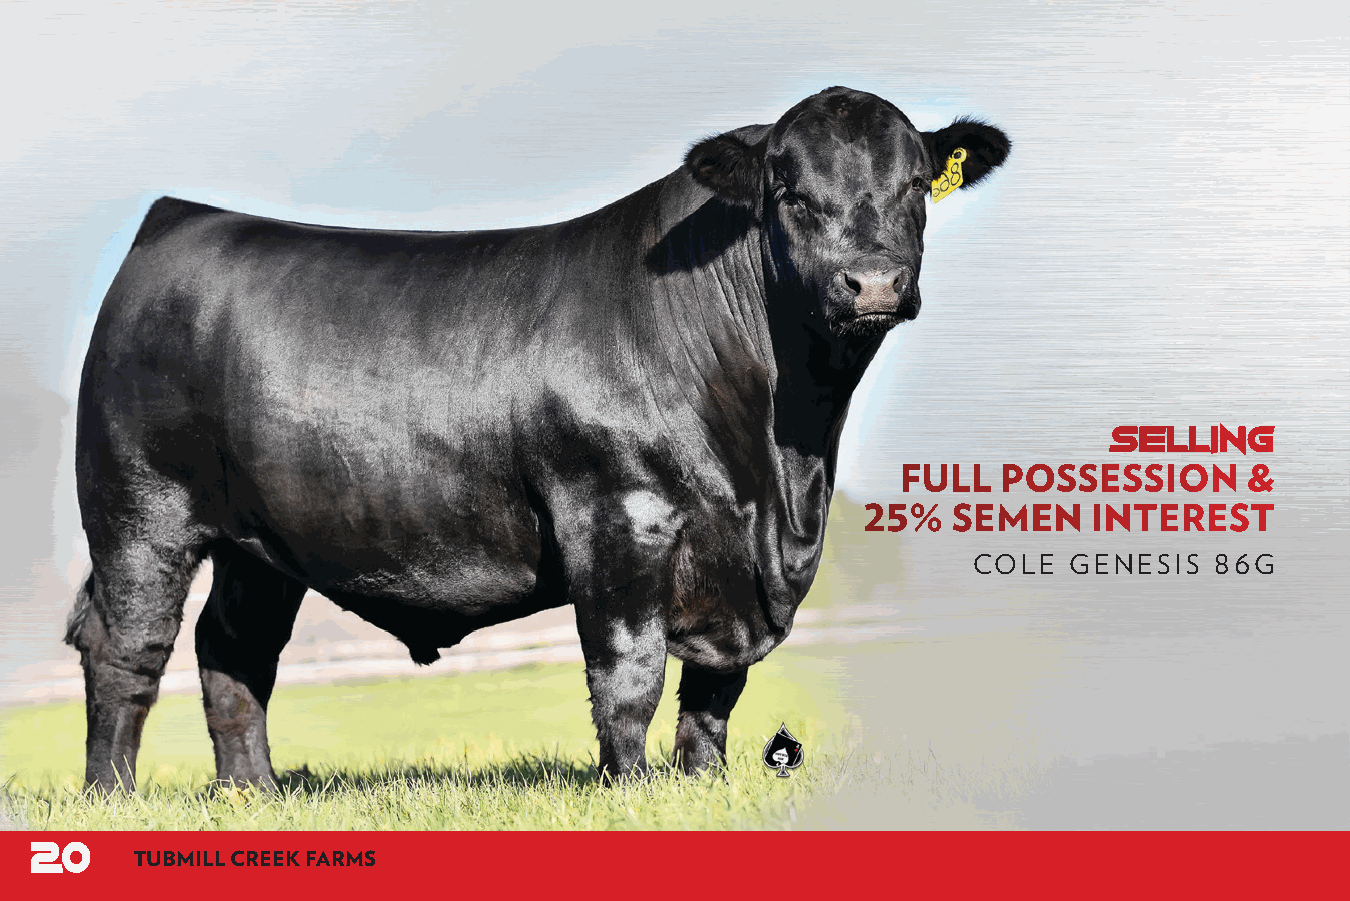
SELLING
 FULL  POSSESSION       &
 25%   SEMEN    INTEREST
 COLE   GENESIS  86G
 20
 TUBMILL CREEK FARMS